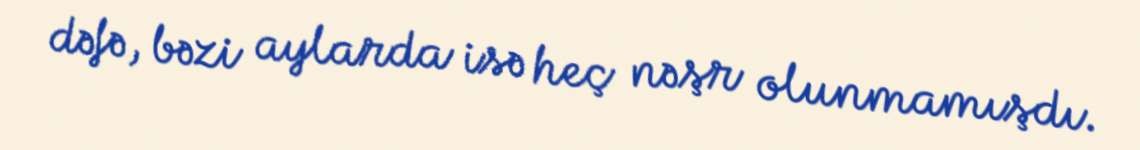
dəfə, bəzi aylarda isə heç nəşr olunmamışdı.